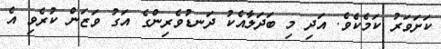
ކަށަވަރު ކަމެކެވެ. އަދި މި ބަދަލާއެކު ދަނޑުވެރިންގެ އަގު ވަޒަން ކުރެވި އެ